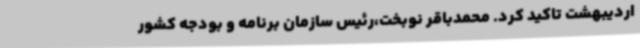
اردیبهشت تاکید کرد. محمدباقر نوبخت،رئیس سازمان برنامه و بودجه کشور